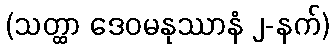
(သတ္ထာ ဒေဝမနုဿာနံ ၂-နက်)